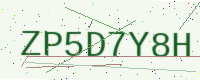
Text: ZP5D7Y8H